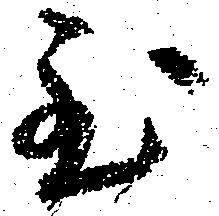
至